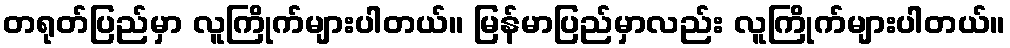
တရုတ်ပြည်မှာ လူကြိုက်များပါတယ်။ မြန်မာပြည်မှာလည်း လူကြိုက်များပါတယ်။